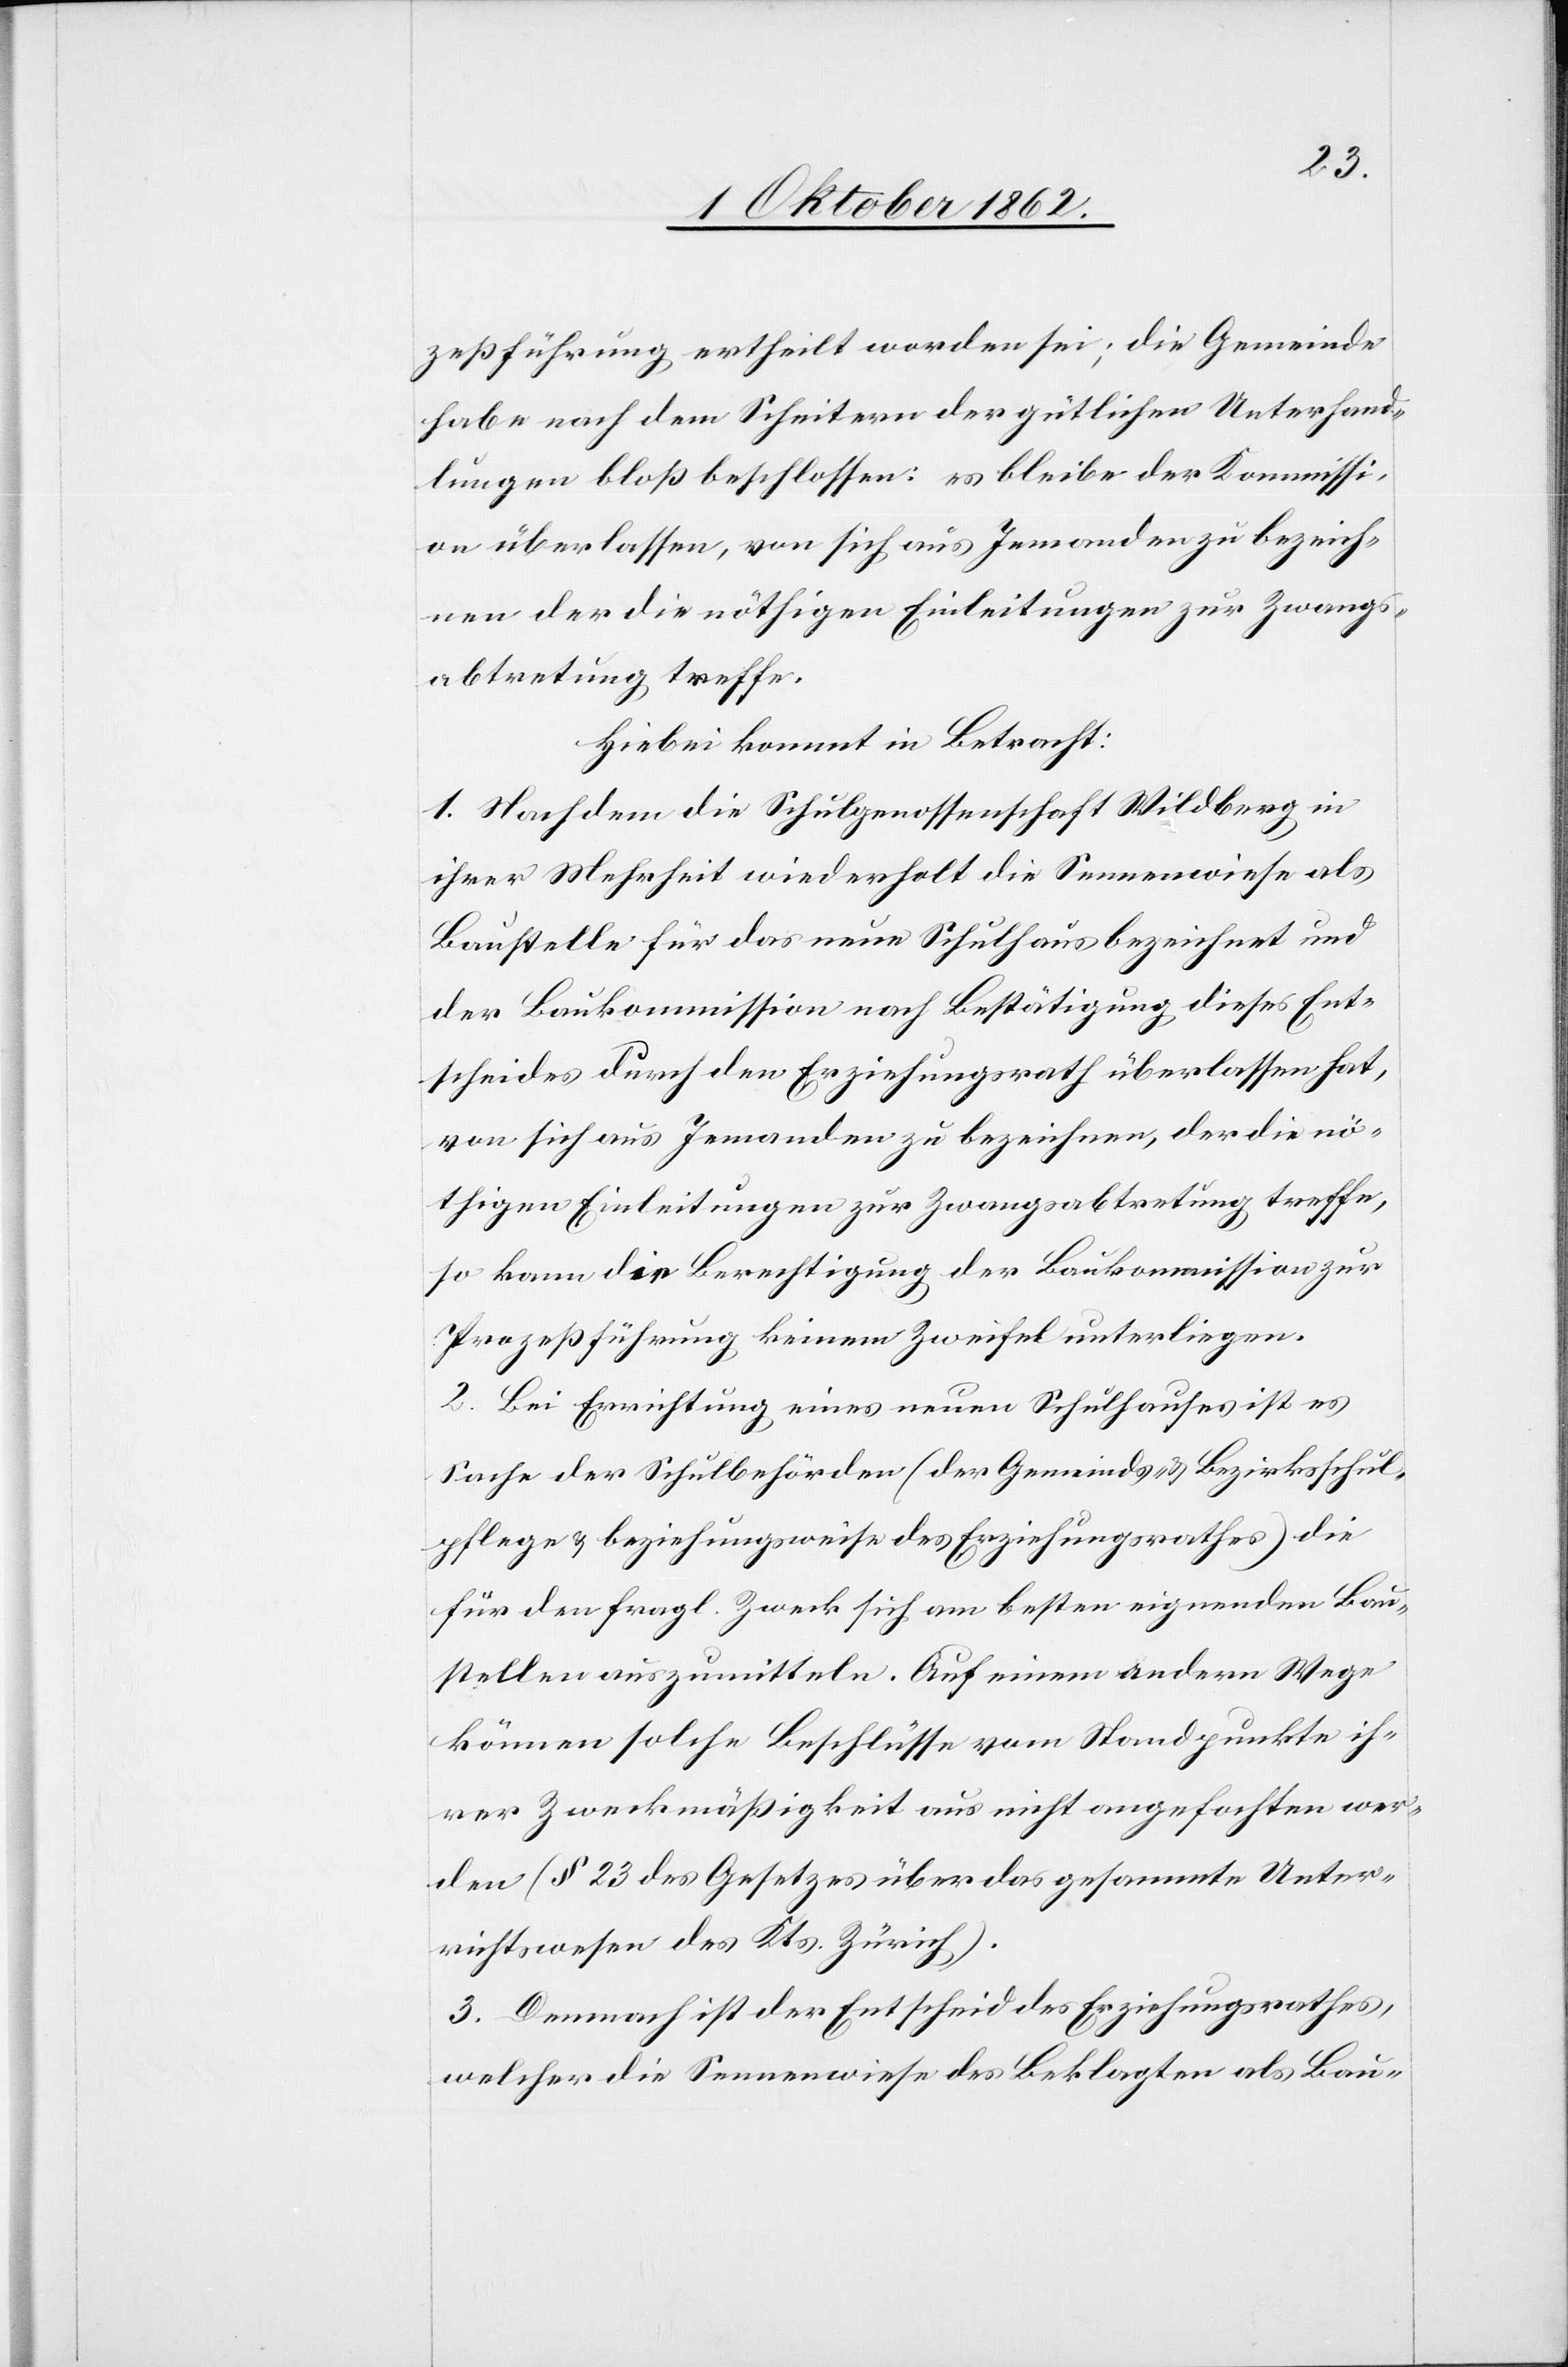
zeßführung ertheilt worden sei, die Gemeinde
habe nach dem Scheitern der gütlichen Unterhand¬
lungen bloß beschlossen: es bleibe der Kommissi¬
on überlassen, von sich aus Jemanden zu bezeich¬
nen, der die nöthigen Einleitungen zur Zwangs¬
abtretung treffe.
Hiebei kommt in Betracht:
1. Nachdem die Schulgenossenschaft Wildberg in
ihrer Mehrheit wiederholt die Sennenwiese als
Baustelle für das neue Schulhaus bezeichnet und
der Baukommission nach Bestätigung dieses Ent¬
scheides durch den Erziehungsrath überlassen hat,
von sich aus Jemanden zu bezeichnen, der die nö¬
thigen Einleitungen zur Zwangsabtretung treffe,
so kann die Berechtigung der Baukommission zur
Prozeßführung keinem Zweifel unterliegen.
2. Bei Einrichtung eines neuen Schulhauses ist es
Sache der Schulbehörden (der Gemeinds- u. Bezirksschul¬
pflege u. beziehungsweise des Erziehungsrathes) die
für den fragl. Zweck sich am besten eignenden Bau¬
stellen auszumitteln. Auf einem andern Wege
können solche Beschlüsse vom Standpunkte ih¬
rer Zweckmäßigkeit aus nicht angefochten wer¬
den (§. 23 des Gesetzes über das gesammte Unter¬
richtswesen des Kts. Zürich).
3. Demnach ist der Entscheid des Erziehungsrathes,
welcher die Sennenwiese des Beklagten als Bau-